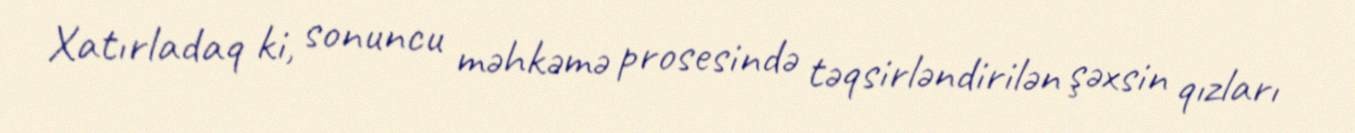
Xatırladaq ki, sonuncu məhkəmə prosesində təqsirləndirilən şəxsin qızları